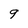
Character: g